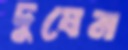
দুষেন